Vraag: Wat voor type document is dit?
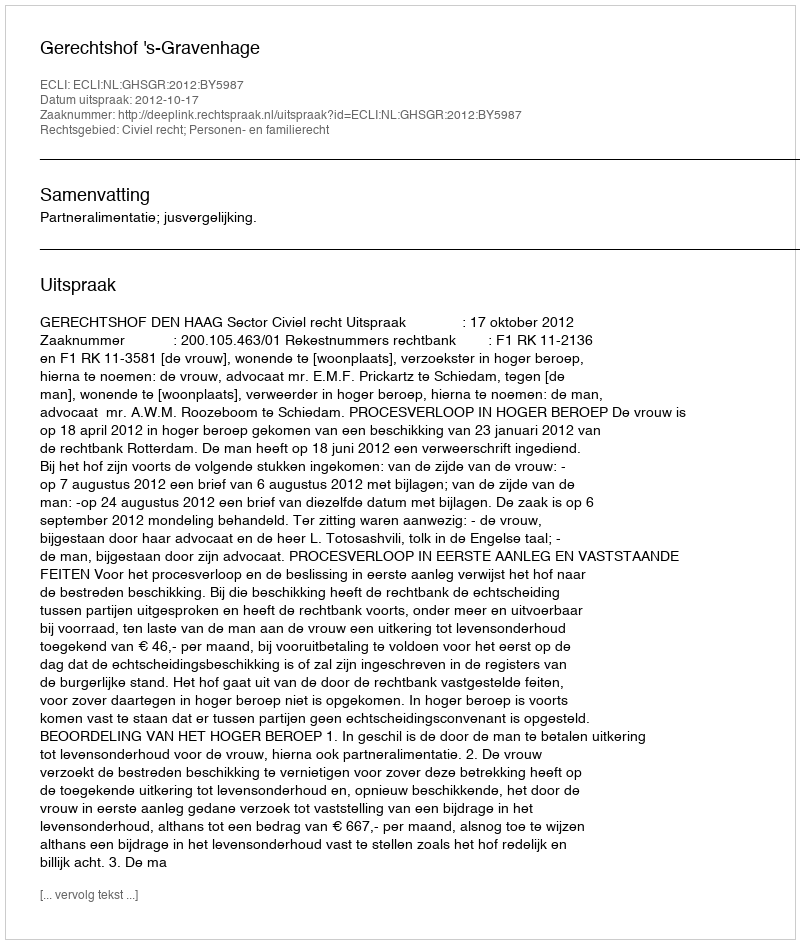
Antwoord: Uitspraak